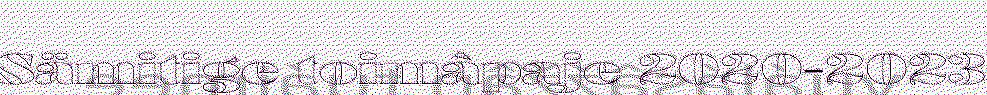
Sämitige toimâpaje 2020-2023